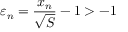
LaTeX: \varepsilon _ { n } = { \frac { x _ { n } } { \sqrt { S } } } - 1 > - 1